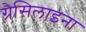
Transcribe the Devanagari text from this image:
ग्रैसिलाइना